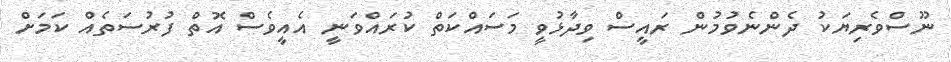
ނޫސްވެރިޔަކު ދެންނެވުމުން ރައީސް ވިދާޅުވީ މަސައްކަތް ކުރައްވަނީ އެއީވެސް އޮތް ފުރުސަތެއް ކަމަށް